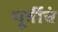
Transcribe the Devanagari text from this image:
पूर्वीचं